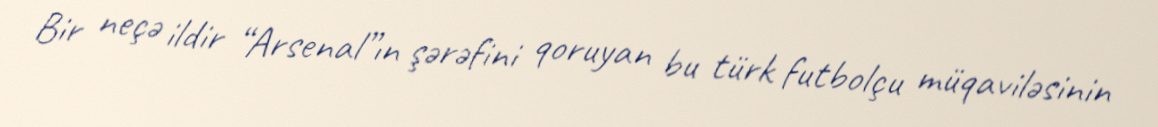
Bir neçə ildir “Arsenal”ın şərəfini qoruyan bu türk futbolçu müqaviləsinin